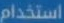
استخدام